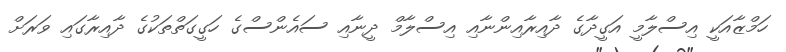
ހަމްޒާއަކީ އިސްލާމީ އަގީދާގެ ދާއިރާއިންނާއި އިސްލާމް ދީނާއި ސައެންސްގެ ހަގީގަތްތަކުގެ ދާއިރާގައި ވަރަށް